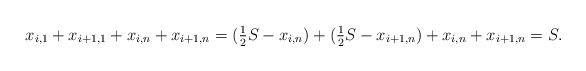
\begin{align*} x_{i,1} + x_{i+1,1} + x_{i,n} + x_{i+1,n} = (\tfrac{1}{2} S - x_{i,n}) + (\tfrac{1}{2} S - x_{i+1,n}) + x_{i,n} + x_{i+1,n} =S.\end{align*}